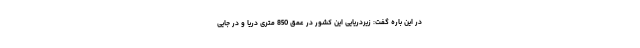
در این باره گفت: زیردریایی این کشور در عمق 850 متری دریا و در جایی